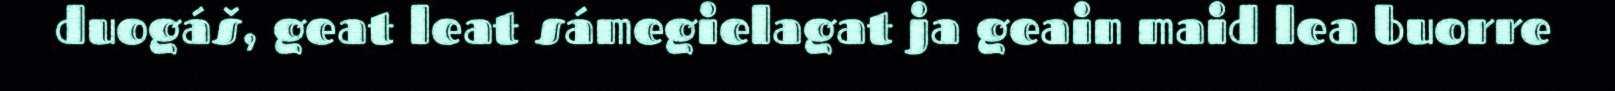
duogáš, geat leat sámegielagat ja geain maid lea buorre